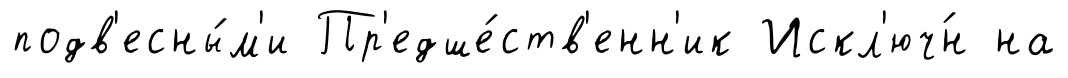
подв'есны́м'и Пр'едше́ств'енн'ик Искл'юч́н на